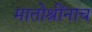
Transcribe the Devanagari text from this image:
मातोश्रींनाच